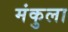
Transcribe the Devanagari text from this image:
मंकुला